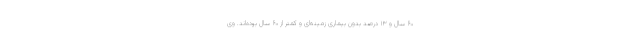
۶۰ سال و ۱۳ درصد بدون بیماری زمینه‌ای و کمتر از ۶۰ سال بوده‌اند. وی